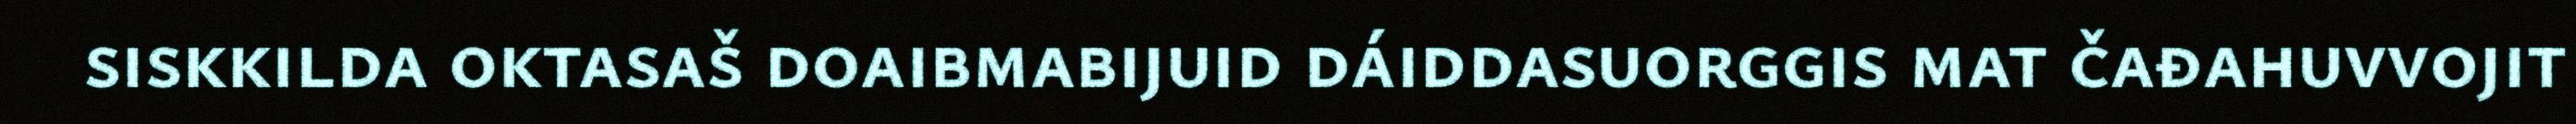
siskkilda oktasaš doaibmabijuid dáiddasuorggis mat čađahuvvojit